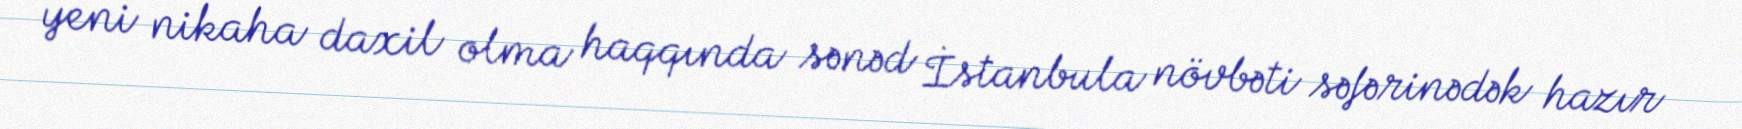
yeni nikaha daxil olma haqqında sənəd İstanbula növbəti səfərinədək hazır